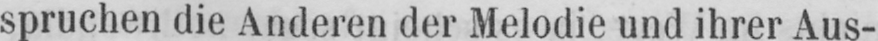
spruchen die Anderen der Melodie und ihrer Aus-